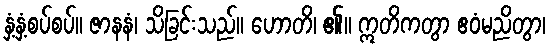
နှံ့နှံ့စပ်စပ်။ ဇာနနံ၊ သိခြင်းသည်။ ဟောတိ၊ ၏။ ဣတိကတွာ ဧဝံမညိတွာ၊